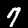
Label: 7